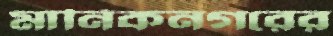
মানিকনগরের